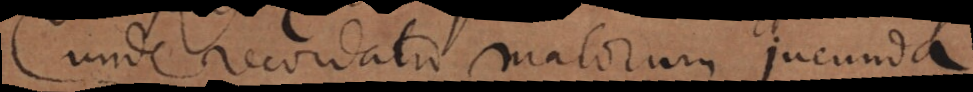
unde recordatio malorum jucunda